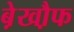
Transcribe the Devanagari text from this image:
बे़खौ़फ